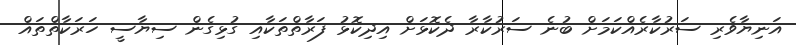
އަނިޔާވެރި ސަރުކާރެއްކަމަށް ބުނެ ސަރުކާރާ ދެކޮޅަށް އިދިކޮޅު ފަރާތްތަކާއި ގުޅިގެން ސިޔާސީ ހަރަކާތްތައް